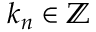
k _ { n } \in \mathbb { Z }